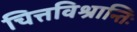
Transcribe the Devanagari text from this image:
चित्तविश्रान्तिः